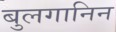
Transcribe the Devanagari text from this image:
बुलगानिन